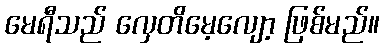
မေရီသည် လှေတိမေ့လျော့ ဖြစ်မည်။